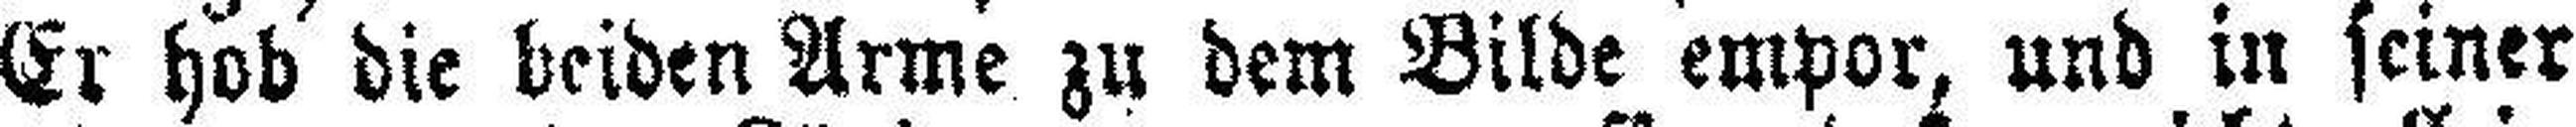
Er hob die beiden Arme zu dem Bilde empor, und in seiner